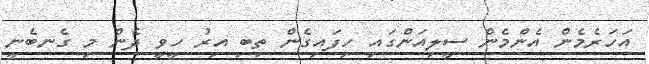
އަހަރެމެން އެންމެން ސީލިއަންގައި ހިފައިގެން ތިބި އިރު ހީވީ ދެން މި ގެނބެނީ